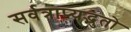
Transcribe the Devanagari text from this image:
सर्वत्राप्यद्भुतो